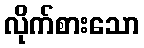
လိုက်စားသော